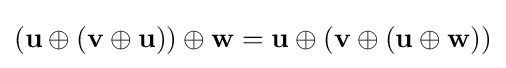
(\mathbf {u} \oplus (\mathbf {v} \oplus \mathbf {u} ))\oplus \mathbf {w} =\mathbf {u} \oplus (\mathbf {v} \oplus (\mathbf {u} \oplus \mathbf {w} ))